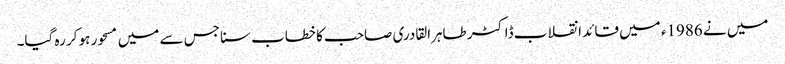
میں نے 1986ء میں قائد انقلاب ڈاکٹر طاہرالقادری صاحب کا خطاب سنا جس سے میں مسحور ہو کر رہ گیا۔